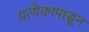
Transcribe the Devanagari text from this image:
प्रत्येकापासून